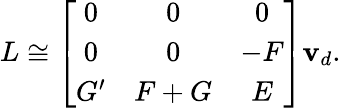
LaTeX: L\cong\left[\begin{array}{ccc}{{0}}&{{0}}&{{0}}\\ {{0}}&{{0}}&{{-F}}\\ {{G^{\prime}}}&{{F+G}}&{{E}}\end{array}\right]\mathbf{v}_{d}.